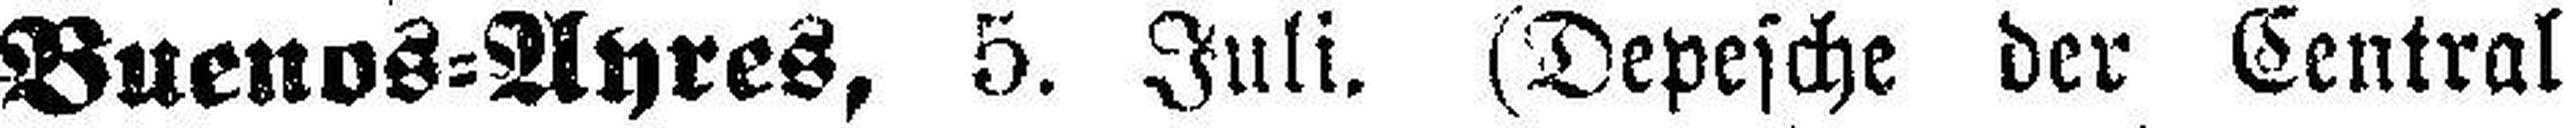
Buenos=Ayres, 5. Juli. (Depesche der Central